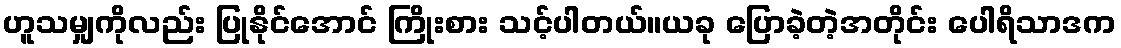
ဟူသမျှကိုလည်း ပြုနိုင်အောင် ကြိုးစား သင့်ပါတယ်။ယခု ပြောခဲ့တဲ့အတိုင်း ပေါရိသာဒက